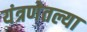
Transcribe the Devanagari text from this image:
यंत्रणेतल्या